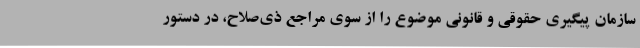
سازمان پیگیری حقوقی و قانونی موضوع را از سوی مراجع ذی‌صلاح، در دستور